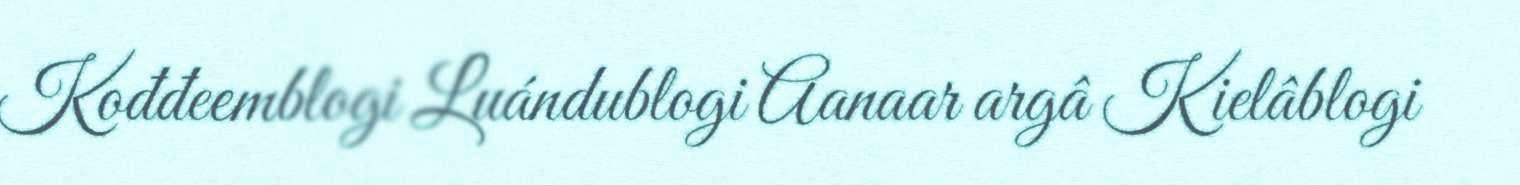
Kođđeemblogi Luándublogi Aanaar argâ Kielâblogi